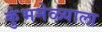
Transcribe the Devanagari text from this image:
कुंभमेळ्याला